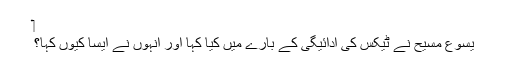
‏
یسوع مسیح نے ٹیکس کی ادائیگی کے بارے میں کیا کہا اور اُنہوں نے ایسا کیوں کہا؟